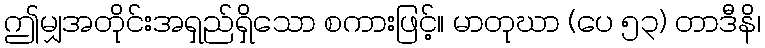
ဤမျှအတိုင်းအရှည်ရှိသော စကားဖြင့်။ မာတုဃာ (ပေ ၅၃) တာဒီနိ၊